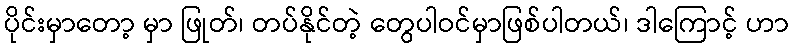
ပိုင်းမှာတော့ မှာ ဖြုတ်၊ တပ်နိုင်တဲ့ တွေပါဝင်မှာဖြစ်ပါတယ်၊ ဒါကြောင့် ဟာ